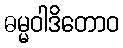
ဓမ္မဝါဒိတောဝ